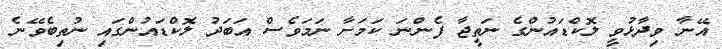
އޭނާ ވިދާޅުވީ ލޮކްޑައުންގެ ނަތީޖާ ފެންނަ ކަމަށާ ނަމަވެސް އަބަދު ލޮކްޑައުންގައި ނުތިބެވޭނެ